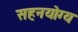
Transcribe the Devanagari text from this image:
सहनयोग्य